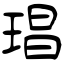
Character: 琩